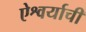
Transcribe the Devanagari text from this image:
ऐश्वर्याची